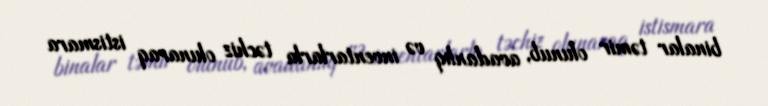
binalar təmir olunub, avadanlıq və inventarlarla təchiz olunaraq istismara